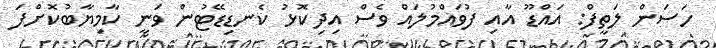
ހަސަން ލަތީފް: އައްޑޫ އާއި ފުވައްމުލައް ވެސް އިދިކޮޅު ކެނޑިޑޭޓުން ވަނީ ކާމިޔާބުކޮށްފަ